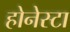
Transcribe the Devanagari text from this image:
होनेस्टा